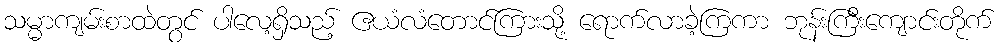
သမ္မာကျမ်းစာထဲတွင် ပါလေ့ရှိသည့် ဧယံလံတောင်ကြားသို့ ရောက်လာခဲ့ကြကာ ဘုန်းကြီးကျောင်းတိုက်